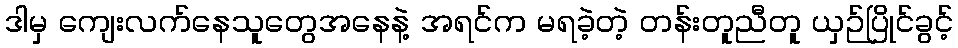
ဒါမှ ကျေးလက်နေသူတွေအနေနဲ့ အရင်က မရခဲ့တဲ့ တန်းတူညီတူ ယှဉ်ပြိုင်ခွင့်